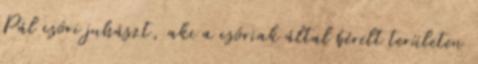
Pál csóri juhászt, aki a csóriak által bérelt területen